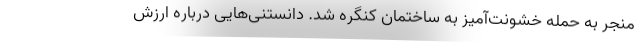
منجر به حمله خشونت‌آمیز به ساختمان کنگره شد. دانستنی‌هایی درباره ارزش